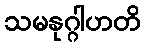
သမနုဂ္ဂါဟတိ